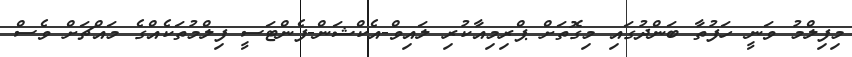
މިފިލްމު ވަނީ ހަފުތާ ބަންދުގައި މިގޮތަށް ޕްރިމިއާކުރި ލައިވް-އެކްޝަން-ފެންޓަސީ ފިލްމުތަކެއްގެ މައްޗަށް ވެސް